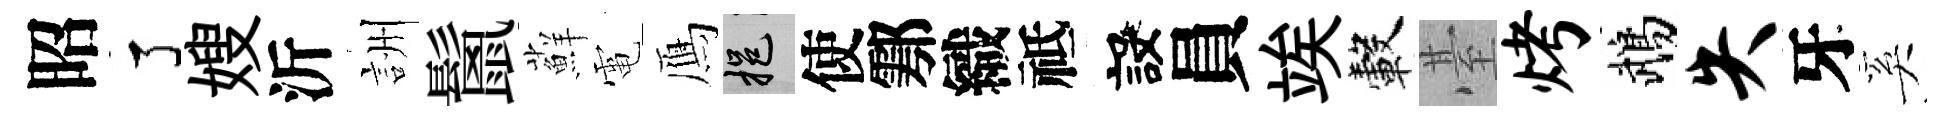
昭了嫂沂詶鬛蘚電鴈挹使鄠織祗設員竢轂䑓烤鵡失牙奚